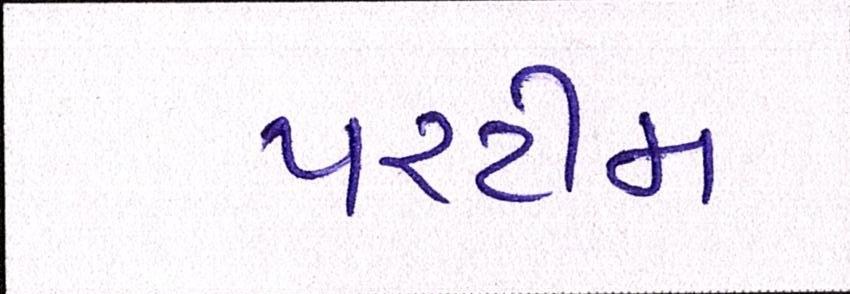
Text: પરટીમ